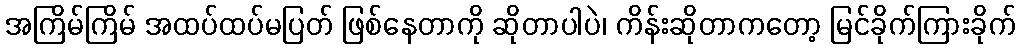
အကြိမ်ကြိမ် အထပ်ထပ်မပြတ် ဖြစ်နေတာကို ဆိုတာပါပဲ၊ ကိန်းဆိုတာကတော့ မြင်ခိုက်ကြားခိုက်